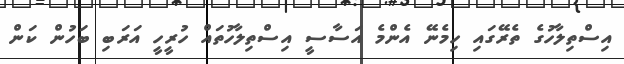
އިސްތިލާހުގެ ތެރޭގައި ހިމެނޭ އެންމެ އަސާސީ އިސްތިލާހުތައް ހުރީހީ އަރަބި ބަހުން ކަން